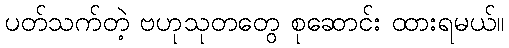
ပတ်သက်တဲ့ ဗဟုသုတတွေ စုဆောင်း ထားရမယ်။